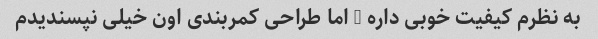
به نظرم کیفیت خوبی داره - اما طراحی کمربندی اون خیلی نپسندیدم